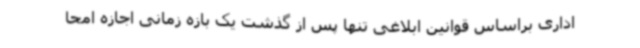
اداری براساس قوانین ابلاغی تنها پس از گذشت یک بازه زمانی اجازه امحا